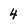
Character: 4